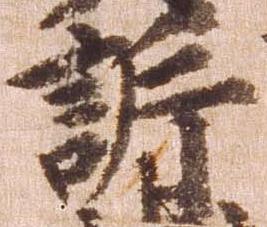
訴